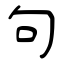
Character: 句